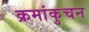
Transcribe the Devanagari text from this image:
क्रमांकुचन